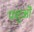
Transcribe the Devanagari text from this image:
पशुऒं